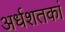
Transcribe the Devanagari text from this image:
अर्धशतकां